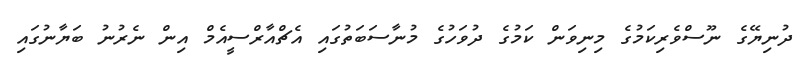
ދުނިޔޭގެ ނޫސްވެރިކަމުގެ މިނިވަން ކަމުގެ ދުވަހުގެ މުނާސަބަތުގައި އެޗްއާރްސީއެމް އިން ނެރުނު ބަޔާނުގައި